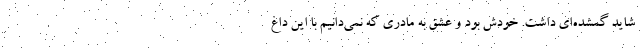
شاید گمشده‌ای داشت. خودش بود و عشق به مادری که نمی‌دانیم با این داغ